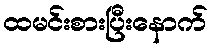
ထမင်းစားပြီးနောက်